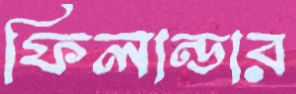
ফিলান্ডার